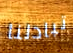
تبادلنا